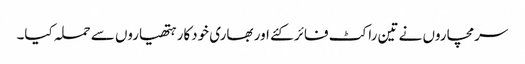
سرمچاروں نے تین راکٹ فائر کئے اور بھاری خودکار ہتھیاروں سے حملہ کیا۔